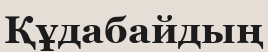
Құдабайдың